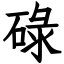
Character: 碌